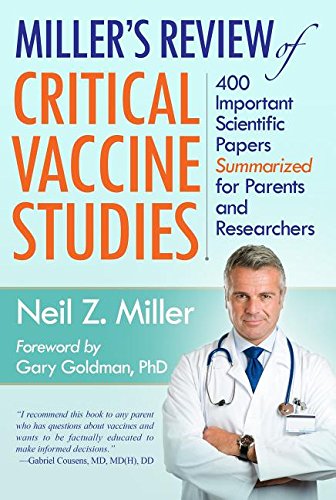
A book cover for Miller's Review of Critical Vaccine Studies: 400 Important Scientific Papers Summarized for Parents and Researchers; Neil Z. Miller; Medical Books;